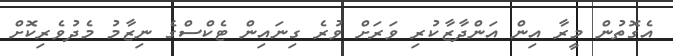
އެގޮތުން މީރާ އިން އަންދާޒާކުރި ވަރަށް ވުރެ ގިނައިން ޓެކްސްގެ ނިޒާމު މެދުވެރިކޮށް